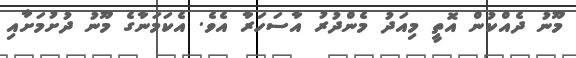
މޫނު ދެއްކުން އޮތީ މިއަދު މެންދުރު އާސަހަރާ އެވެ. އެކަމަނާގެ މޫނު ދުށުމަށާއި